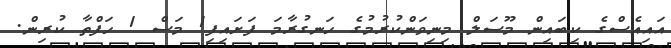
އައިއެސްގެ ކިބައިން މޫސަލް މިނިވަންކުރުމުގެ ހަނގުރާމަ ފަށައިފި1 މަސް 1 ހަފްތާ ކުރިން.